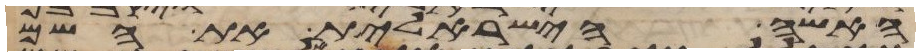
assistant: האשה הישראלית את השם